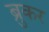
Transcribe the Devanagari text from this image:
ब्रुकर